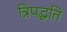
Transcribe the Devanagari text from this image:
त्रिपद्धति